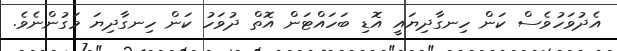
އެދުވަހުވެސް ކަން ހިނގާދިޔައީ އޮޑި ބަހައްޓަން އޮތް ދުވަހު ކަން ހިނގާދިޔަ މަގުންނެވެ.